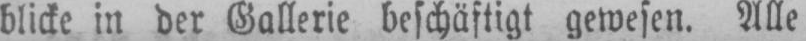
blicke in der Gallerie beschäftigt gewesen. Alle